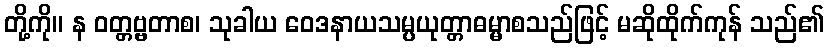
တို့ကို။ န ဝတ္တဗ္ဗတာစ၊ သုခါယ ဝေဒနာယသမ္ပယုတ္တာဓမ္မာစသည်ဖြင့် မဆိုထိုက်ကုန် သည်၏